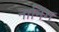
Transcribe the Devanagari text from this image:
नानिंग